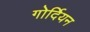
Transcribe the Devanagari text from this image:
गोर्दियन